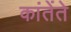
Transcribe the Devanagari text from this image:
कांतेंते